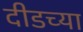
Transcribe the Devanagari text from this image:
दीडच्या